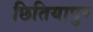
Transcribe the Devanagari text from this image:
छितियापुर